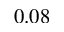
0 . 0 8